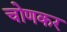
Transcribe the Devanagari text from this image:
चोणकर